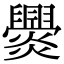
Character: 𤓕